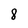
Character: 8